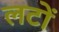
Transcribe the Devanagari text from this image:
लटों